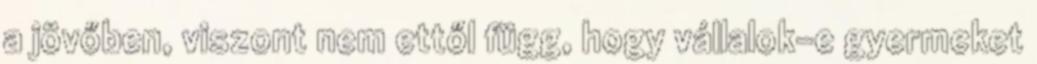
a jövőben, viszont nem ettől függ, hogy vállalok-e gyermeket